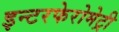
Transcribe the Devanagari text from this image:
इन्टरफेरोमेट्री